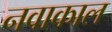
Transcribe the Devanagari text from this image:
नवाकाल